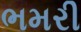
ભમરી